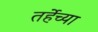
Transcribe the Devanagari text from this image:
तर्हेच्या